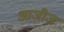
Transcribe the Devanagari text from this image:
आजीज